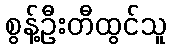
စွန့်ဦးတီထွင်သူ